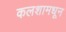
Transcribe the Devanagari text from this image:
कलशामधून